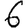
Digit: 6